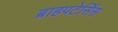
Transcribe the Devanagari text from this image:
ब्राहपटेर्सिस